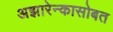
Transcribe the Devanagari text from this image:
अझारेन्कासोबत